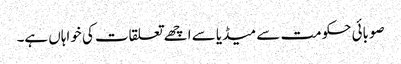
صوبائی حکومت سے میڈیا سے اچھے تعلقات کی خواہاں ہے۔